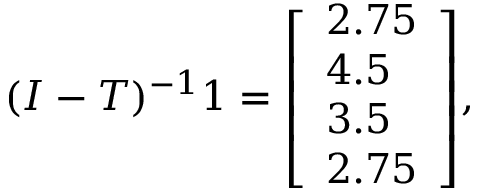
( I - T ) ^ { - 1 } { \boldsymbol { 1 } } = { \left[ \begin{array} { l } { 2 . 7 5 } \\ { 4 . 5 } \\ { 3 . 5 } \\ { 2 . 7 5 } \end{array} \right] } ,